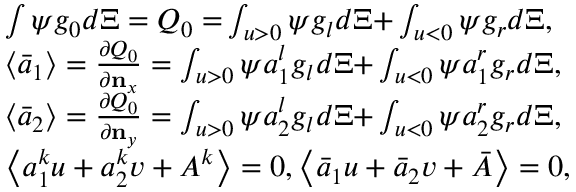
\begin{array} { r l } & { \int { \psi { { g } _ { 0 } } d \Xi = { { Q } _ { 0 } } = } \int _ { u > 0 } { \psi { { g } _ { l } } d \Xi + } \int _ { u < 0 } { \psi { { g } _ { r } } d \Xi } , } \\ & { \left\langle { { { \bar { a } } } _ { 1 } } \right\rangle = \frac { \partial { { Q } _ { 0 } } } { \partial { { \mathbf { n } } _ { x } } } = \int _ { u > 0 } { \psi a _ { 1 } ^ { l } { { g } _ { l } } d \Xi + } \int _ { u < 0 } { \psi a _ { 1 } ^ { r } { { g } _ { r } } d \Xi } , } \\ & { \left\langle { { { \bar { a } } } _ { 2 } } \right\rangle = \frac { \partial { { Q } _ { 0 } } } { \partial { { \mathbf { n } } _ { y } } } = \int _ { u > 0 } { \psi a _ { 2 } ^ { l } { { g } _ { l } } d \Xi + } \int _ { u < 0 } { \psi a _ { 2 } ^ { r } { { g } _ { r } } d \Xi } , } \\ & { \left\langle a _ { 1 } ^ { k } u + a _ { 2 } ^ { k } v + { { A } ^ { k } } \right\rangle = 0 , \left\langle { { { \bar { a } } } _ { 1 } } u + { { { \bar { a } } } _ { 2 } } v + \bar { A } \right\rangle = 0 , } \end{array}